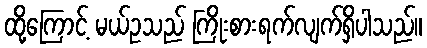
ထို့ကြောင့် မယ်ဥသည် ကြိုးစားရက်လျက်ရှိပါသည်။